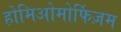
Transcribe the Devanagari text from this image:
होमिओमोर्फिज़म